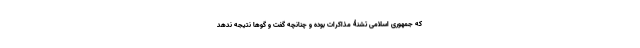
که جمهوری اسلامی تشنۀ مذاکرات بوده و چنانچه گفت و گوها نتیجه ندهد